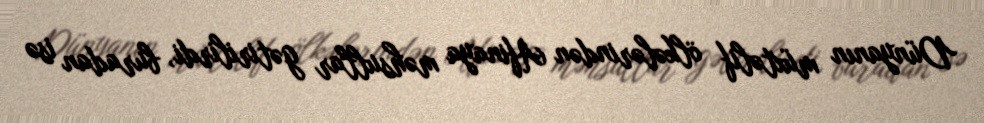
Dünyanın müxtəlif ölkələrindən Afinaya məhsullar gətirilirdi, buradan isə